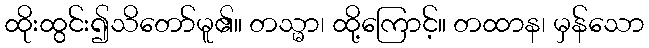
ထိုးထွင်း၍သိတော်မူ၏။ တသ္မာ၊ ထို့ကြောင့်။ တထာန၊ မှန်သော